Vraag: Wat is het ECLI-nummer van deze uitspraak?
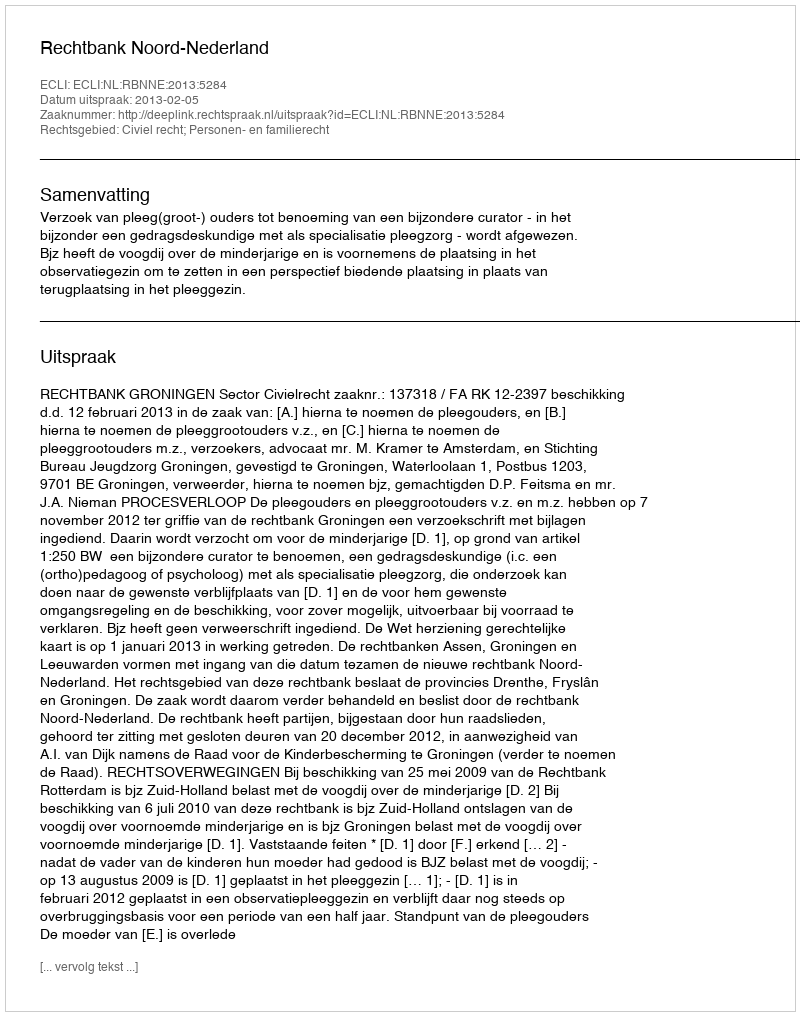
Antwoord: ECLI:NL:RBNNE:2013:5284